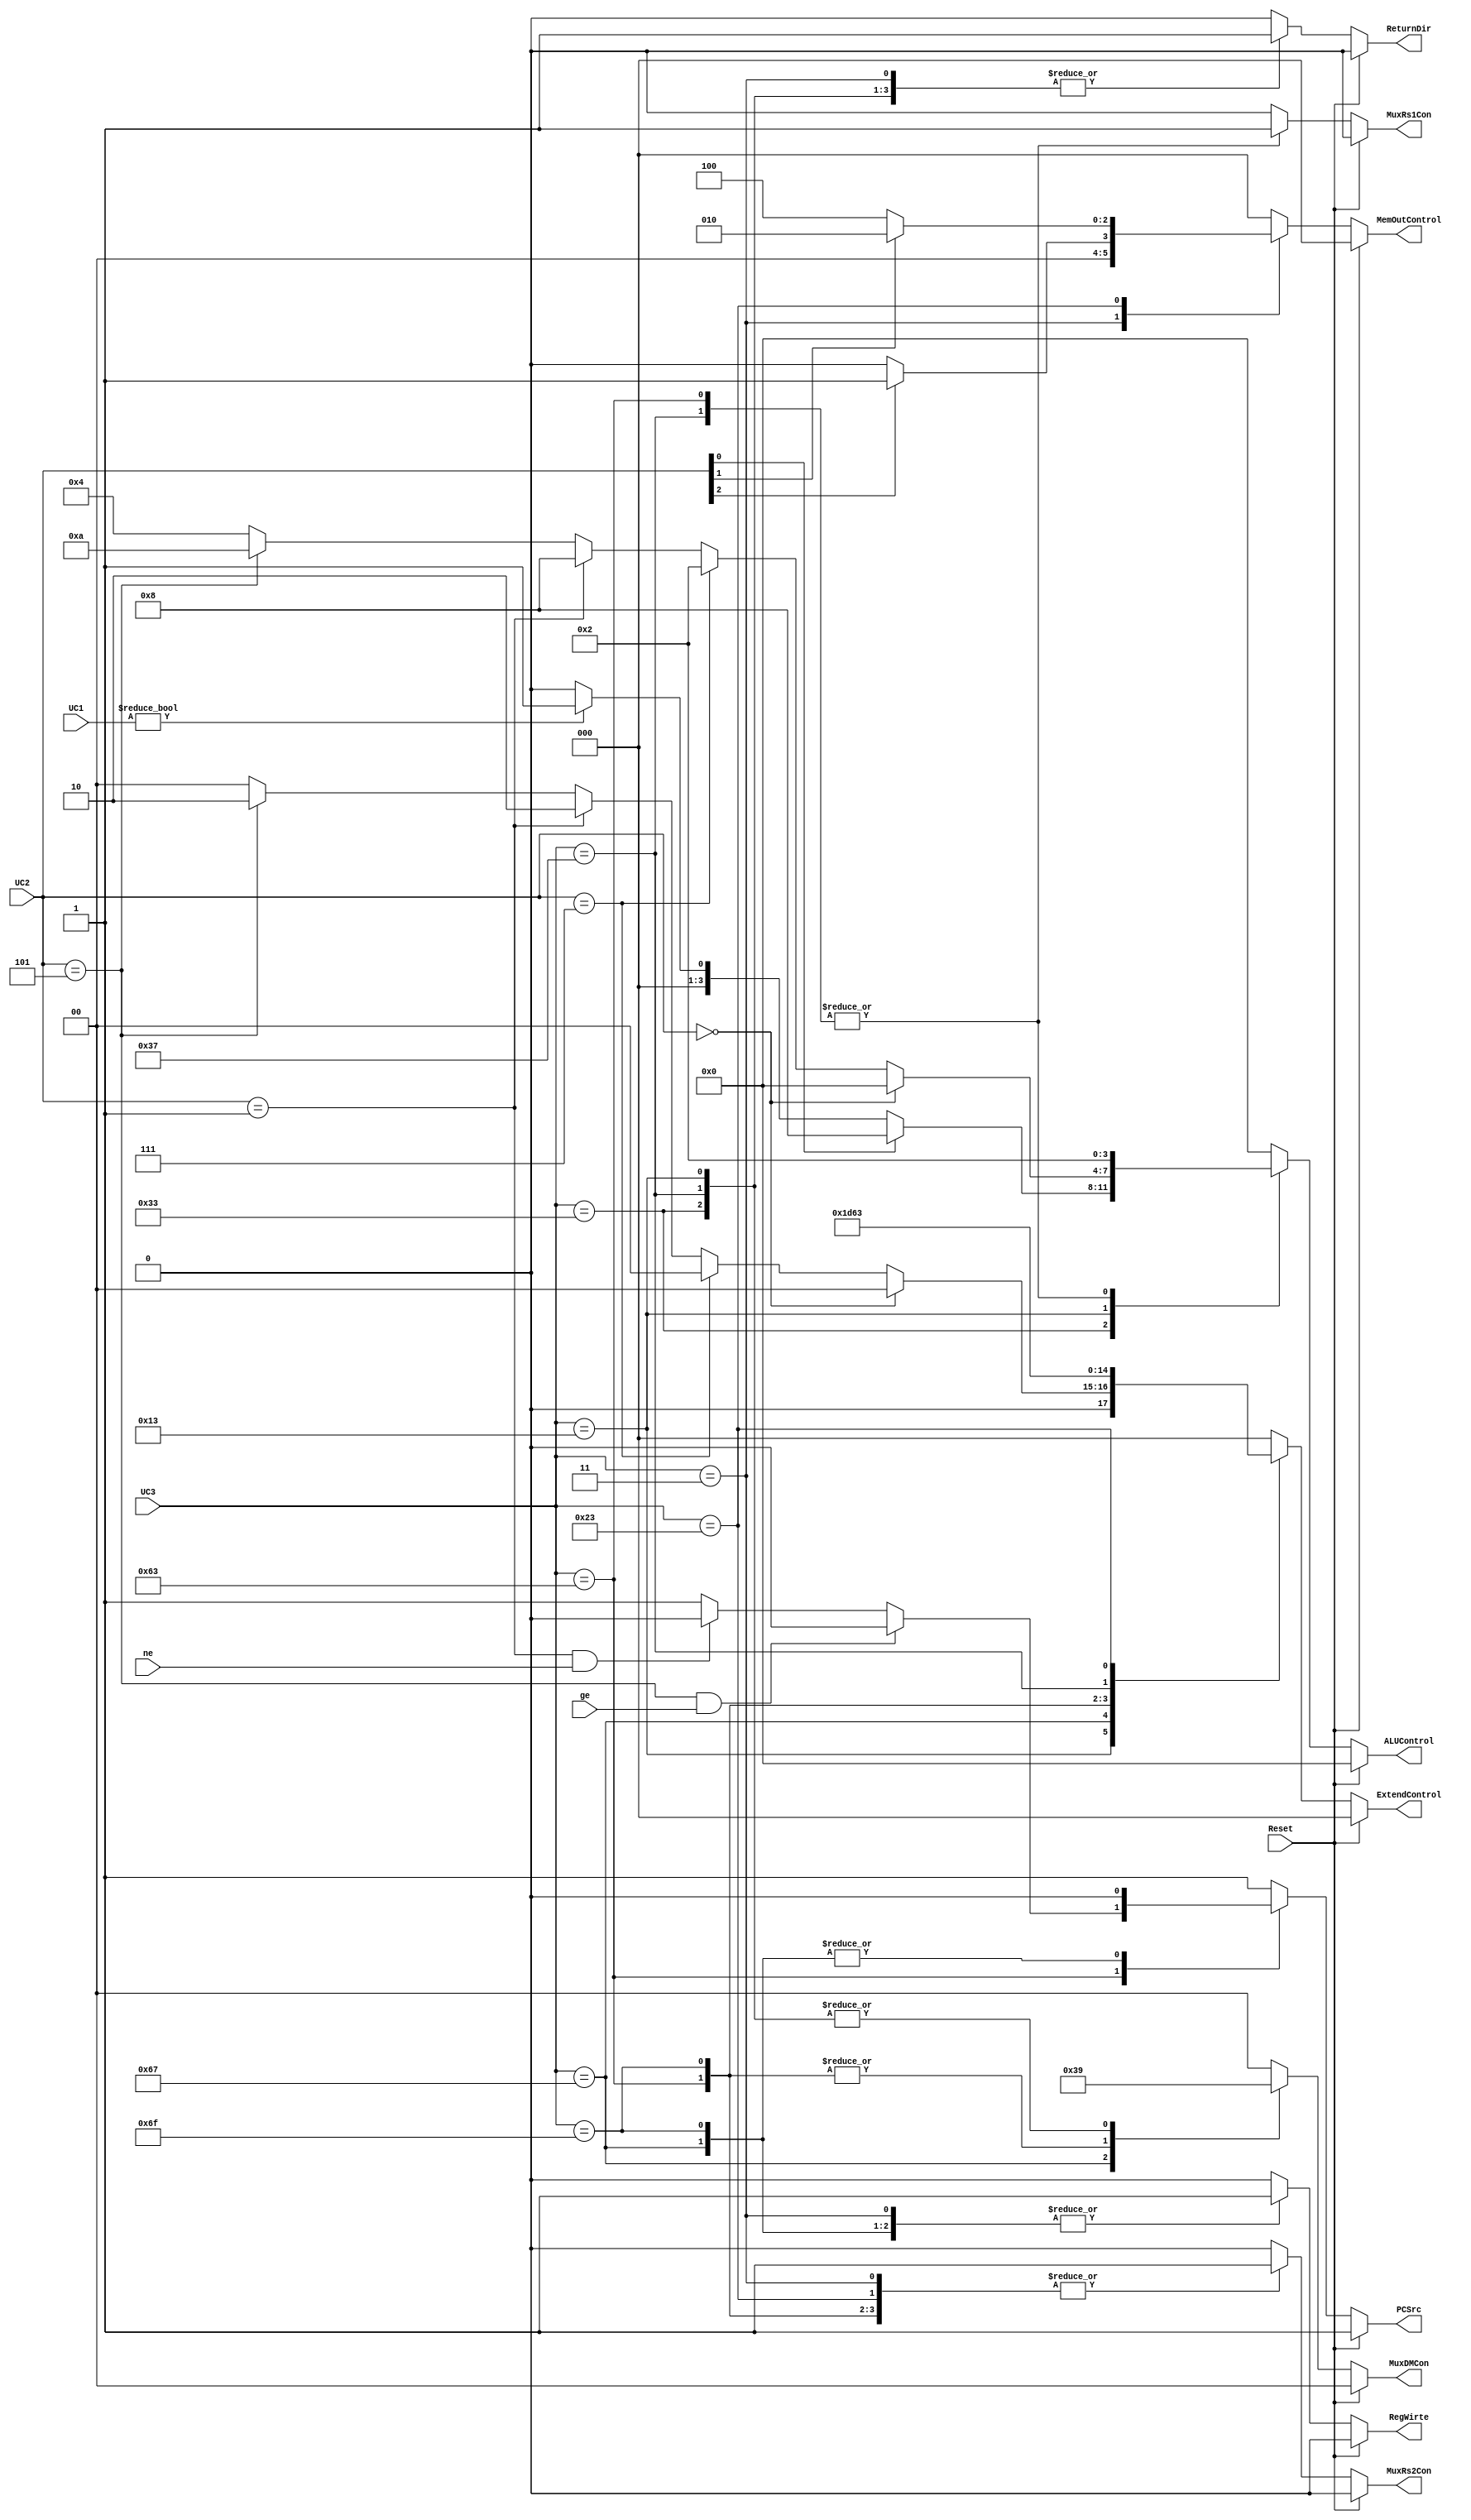
`timescale 1ns / 1ps
//////////////////////////////////////////////////////////////////////////////////
// Company: 
// Engineer: 
// 
// Design Name: 
// Module Name: UC
// Project Name: 
// Target Devices: 
// Tool Versions: 
// Description: 
// 
// Dependencies: 
// 
// Revision:
// Revision 0.01 - File Created
// Additional Comments:
// 
//////////////////////////////////////////////////////////////////////////////////

module UC ( input [6:0] UC1, UC3, input [2:0] UC2, input ne, ge, Reset, output reg [3:0] ALUControl, output reg [2:0] ExtendControl, MemOutControl, output reg [1:0] MuxDMCon, output reg PCSrc, MuxRs1Con, MuxRs2Con, RegWirte, ReturnDir );
    
    // unidad de control
    // entradas UC1, UC2 y UC3 de la instruccin
    // banderas ne y ge del comparador
    // reset global
    // salidas de control para cada mdulo del datapath
    
    always @ (*) // bloque combinacional para asignar seales de control
        if (Reset) begin  // default de seales de control ante reset
            ALUControl <= 4'b0000;
            ExtendControl <= 3'b000;
            MemOutControl <= 3'b000;
            MuxDMCon <= 2'b00;
            PCSrc <= 1'b1;
            MuxRs1Con <= 1'b0;
            MuxRs2Con <= 1'b0;
            RegWirte <= 1'b0;
            ReturnDir <= 1'b0;
        end else begin
            case(UC3) // asignacin de seales de control segn el OPCode
                7'b0110011 : begin 
                    if (UC2[0])
                        ALUControl <= 4'b1000;
                    else if (UC1)
                        ALUControl <= 4'b0001; /////////////////////////////////////////////////
                    else
                        ALUControl <= 4'b0000;
                    ExtendControl <= 3'b000;
                    MemOutControl <= 3'b000;
                    MuxDMCon <= 2'b01;
                    PCSrc <= 1'b1;
                    MuxRs1Con <= 1'b0;
                    MuxRs2Con <= 1'b0;
                    RegWirte <= 1'b1;
                    ReturnDir <= 1'b1;
                end
                7'b0010011 : begin 
                    if (UC2 == 3'd0) begin
                        ALUControl <= 4'b0000;
                        ExtendControl <= 3'b000; 
                    end
                    else if (UC2 == 3'd7) begin
                        ALUControl <= 4'b0010;
                        ExtendControl <= 3'b000; 
                    end
                    else if (UC2 == 3'd1) begin
                        ALUControl <= 4'b1000;
                        ExtendControl <= 3'b010; 
                    end
                    else if (UC2 == 3'd5) begin
                        ALUControl <= 4'b1010;
                        ExtendControl <= 3'b010; 
                    end
                    else begin
                        ALUControl <= 4'b0100;
                        ExtendControl <= 3'b000; 
                    end
                    MemOutControl <= 3'b000;
                    MuxDMCon <= 2'b01;
                    PCSrc <= 1'b1;
                    MuxRs1Con <= 1'b0;
                    MuxRs2Con <= 1'b1;
                    RegWirte <= 1'b1;
                    ReturnDir <= 1'b1;
                end 
                7'b1100111 : begin 
                    ALUControl <= 4'b0000;
                    ExtendControl <= 3'b001;
                    MemOutControl <= 3'b000;
                    MuxDMCon <= 2'b11; ///////////////
                    PCSrc <= 1'b0;
                    MuxRs1Con <= 1'b0; 
                    MuxRs2Con <= 1'b0; ///////////////
                    RegWirte <= 1'b1;
                    ReturnDir <= 1'b0;
                end 
                7'b1100011 : begin 
                    ALUControl <= 4'b0010;
                    ExtendControl <= 3'b110;
                    MemOutControl <= 3'b000;
                    MuxDMCon <= 2'b10;
                    MuxRs1Con <= 1'b1;
                    MuxRs2Con <= 1'b1;
                    RegWirte <= 1'b0;
                    ReturnDir <= 1'b0;
                    if (UC2 == 3'd5 && ge == 1'b1) ////
                       PCSrc <= 1'b0;
                    else if (UC2 == 3'd1 && ne == 1'b1)
                       PCSrc <= 1'b0;
                    else
                       PCSrc <= 1'b1;
                end  
                7'b1101111 : begin 
                    ALUControl <= 4'b0000;
                    ExtendControl <= 3'b101;
                    MemOutControl <= 3'b000;
                    MuxDMCon <= 2'b10;
                    PCSrc <= 1'b0;
                    MuxRs1Con <= 1'b0;
                    MuxRs2Con <= 1'b1;
                    RegWirte <= 1'b1; //////
                    ReturnDir <= 1'b0;
                end 
                7'b0000011 : begin 
                    ALUControl <= 4'b0000;
                    ExtendControl <= 3'b000; 
                    if (UC2[2])
                        MemOutControl <= 3'b001;
                    else 
                        MemOutControl <= 3'b000;
                    MuxDMCon <= 2'b00;
                    PCSrc <= 1'b1;
                    MuxRs1Con <= 1'b0;
                    MuxRs2Con <= 1'b1;
                    RegWirte <= 1'b1;
                    ReturnDir <= 1'b1;
                end 
                7'b0110111 : begin 
                    ALUControl <= 4'b0010;
                    ExtendControl <= 3'b100;
                    MemOutControl <= 3'b000;
                    MuxDMCon <= 2'b01;
                    PCSrc <= 1'b1;
                    MuxRs1Con <= 1'b1;
                    MuxRs2Con <= 1'b1;
                    RegWirte <= 1'b1;
                    ReturnDir <= 1'b1;
                end 
                7'b0100011 : begin 
                    ALUControl <= 4'b0000;
                    ExtendControl <= 3'b011;
                    if (UC2[1])
                        MemOutControl <= 3'b010;
                    else
                        MemOutControl <= 3'b100;
                    MuxDMCon <= 2'b00;
                    PCSrc <= 1'b1;
                    MuxRs1Con <= 1'b0;
                    MuxRs2Con <= 1'b1;
                    RegWirte <= 1'b0;
                    ReturnDir <= 1'b0;
                end  
                default : begin 
                    ALUControl <= 4'b0000;
                    ExtendControl <= 3'b000;
                    MemOutControl <= 3'b000; 
                    MuxDMCon <= 2'b00;
                    PCSrc <= 1'b1;
                    MuxRs1Con <= 1'b0;
                    MuxRs2Con <= 1'b0;
                    RegWirte <= 1'b0;
                    ReturnDir <= 1'b0;
                end  
            endcase
            
            // cada caso de OPCode tiene condicionales para diferenciar entre instrucciones y lograr el control ptimo
            
        end
endmodule